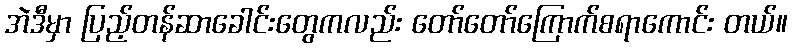
အဲဒီမှာ ပြည့်တန်ဆာခေါင်းတွေကလည်း တော်တော်ကြောက်စရာကောင်း တယ်။